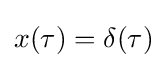
{\textstyle x(\tau )=\delta (\tau )}